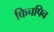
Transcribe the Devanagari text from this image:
किचपिच